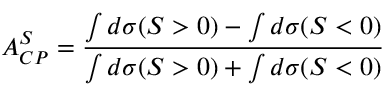
A _ { C P } ^ { S } = \frac { \int d \sigma ( S > 0 ) - \int d \sigma ( S < 0 ) } { \int d \sigma ( S > 0 ) + \int d \sigma ( S < 0 ) }